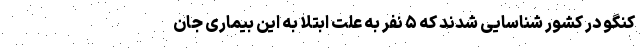
کنگو در کشور شناسایی شدند که ۵ نفر به علت ابتلا به این بیماری جان